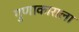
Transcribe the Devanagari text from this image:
गुणाकाराला